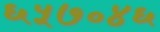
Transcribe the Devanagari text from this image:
६५७०४६